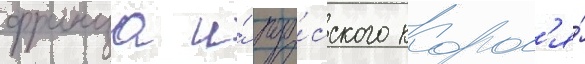
франца и́ пру́сского корол'я́